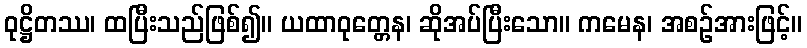
ဝုဋ္ဌိတဿ၊ ထပြီးသည်ဖြစ်၍။ ယထာဝုတ္တေန၊ ဆိုအပ်ပြီးသော။ ကမေန၊ အစဉ်အားဖြင့်။